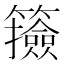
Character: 籡